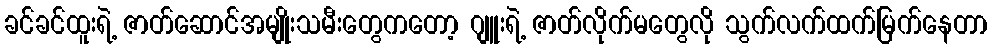
ခင်ခင်ထူးရဲ့ ဇာတ်ဆောင်အမျိုးသမီးတွေကတော့ ဂျူးရဲ့ ဇာတ်လိုက်မတွေလို သွက်လက်ထက်မြက်နေတာ